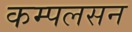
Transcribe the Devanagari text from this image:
कम्पलसन